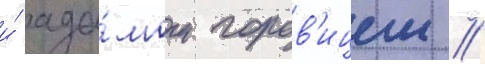
и́ ада́мом горов'ицем //